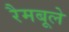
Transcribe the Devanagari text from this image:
रैमबूले